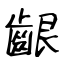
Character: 齦